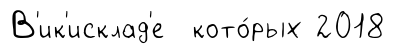
В'ик'исклад'е кото́рых 2018